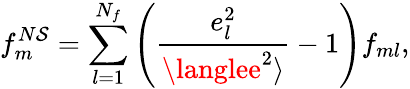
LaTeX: f_{m}^{N\mathcal{S}}=\sum_{l=1}^{N_{f}}\left({\frac{{e_{l}^{2}}}{{\langlee^{2}\rangle}}}-1\right)f_{ml},